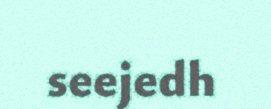
seejedh